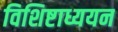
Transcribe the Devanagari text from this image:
विशिष्टाध्ययन